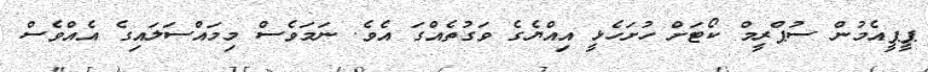
ޕީޕީއެމުން ސުޕްރީމް ކޯޓަށް ހުށަހެޅީ އިއްޔެގެ ވަގުތެއްގަ އެވެ. ނަމަވެސް މިމައްސަލައިގެ އެއްވެސް